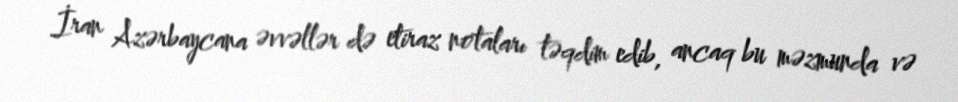
İran Azərbaycana əvvəllər də etiraz notaları təqdim edib, ancaq bu məzmunda və